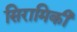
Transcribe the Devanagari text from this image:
सिरामिकी